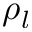
\rho _ { l }